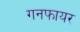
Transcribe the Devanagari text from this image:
गनफायर